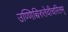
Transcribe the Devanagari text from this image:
उण्णिच्चिरुतेवीचरितम्